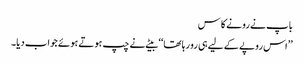
باپ نے رونے کا س
’’اس روپے کے لیے ہی رو رہا تھا‘‘ بیٹے نے چپ ہوتے ہوئے جواب دیا۔